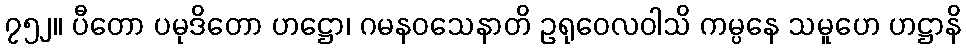
၇၅၂။ ပီတော ပမုဒိတော ဟဋ္ဌော၊ ဂမနဝသေနာတိ ဥရုဝေလဝါသိ ကမ္ပနေ သမူဟေ ဟဋ္ဌာနိ